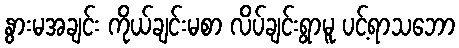
နွားမအချင်း ကိုယ်ချင်းမစာ လိပ်ချင်းရွာမူ ပင့်ရာသဘော